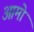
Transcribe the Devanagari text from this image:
आमो